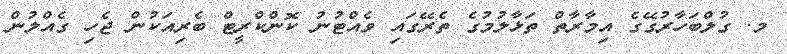
މ. ގުލްބަހާރުގޭގެ އިމާރާތް ތަޅާލުމުގެ ތެރޭގައި ވެއްޓުނު ކޮންކްރީޓް ބެރިއަކުން ޖެހި ގެއްލުން